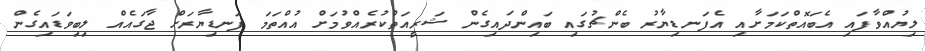
ލިޔުއްވާފައި އެބައޮތްކަމަށާއި އެފަނޑިޔާރު ބެންޗުގައި ބައިންދައިގެން ޝަރީއަތްކުރެއްވުމަށް އުއްތަމަ ފަނޑިޔާރަށް ޖާގައެއް ލިބިވަޑައިގެން